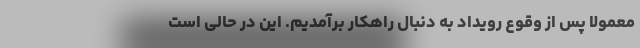
معمولا پس از وقوع رویداد به دنبال راهکار برآمدیم. این در حالی است